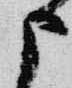
申